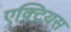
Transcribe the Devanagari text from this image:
एक्टियस